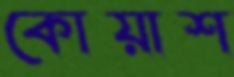
কোয়াশ